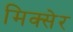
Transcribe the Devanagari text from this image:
मिक्सेर